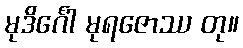
မုဒိင်္ဂေါ မုရဇောဿ တု။